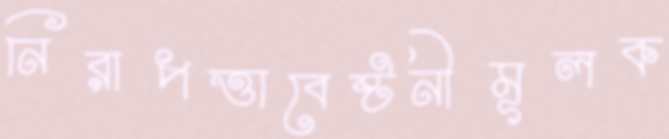
নিরাপত্তাবেষ্টনীমূলক